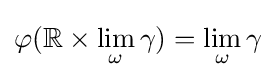
\varphi (\mathbb {R} \times \lim _{\omega }\gamma )=\lim _{\omega }\gamma